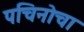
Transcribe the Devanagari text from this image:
पचिनोचा